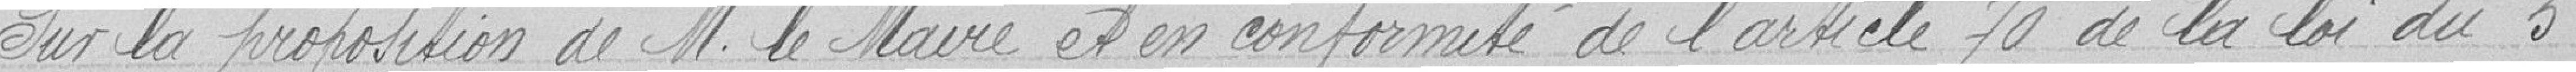
Sur la proposition de M. le Maire et en conformité de l'article 70 de la loi du 5